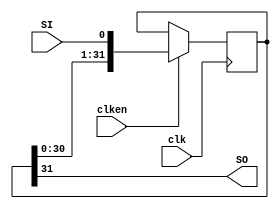
//  8-bit Shift Register
//  Rising edge clock
//  Active high clock enable
//  Concatenation-based template

module shift_registers_0 (clk, clken, SI, SO);
parameter WIDTH = 32; 
input clk, clken, SI; 
output SO;

reg [WIDTH-1:0] shreg;

always @(posedge clk)
  begin
    if (clken)
      shreg = {shreg[WIDTH-2:0], SI};
  end

assign SO = shreg[WIDTH-1];

endmodule